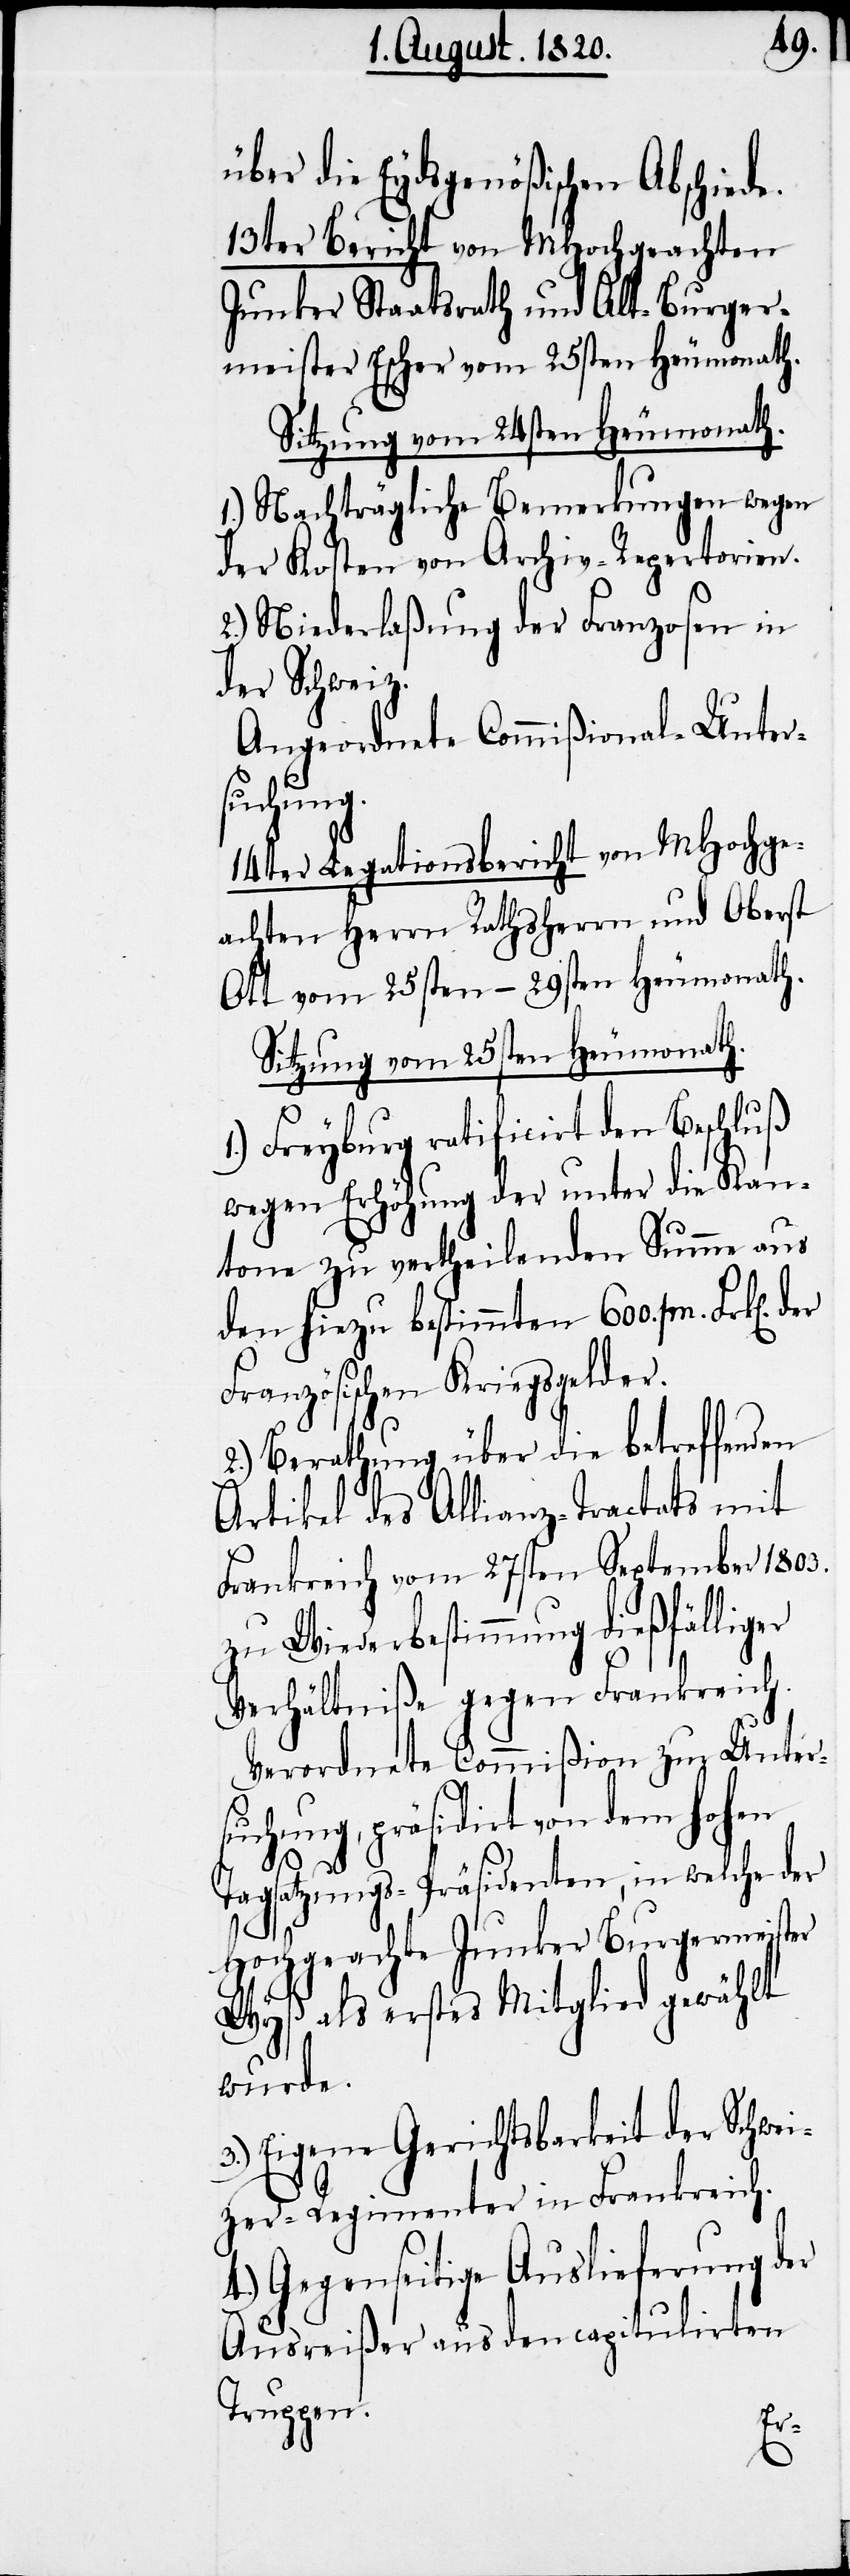
über die Eydsgenößischen Abschiede.
13ter Bericht von MHochgeachten
Junker Staatsrath und Alt-Burger¬
meister Escher vom 25sten Heumonath.
Sitzung vom 24sten Heumonath.
1.) Nachträgliche Bemerkungen wegen
der Kosten von Archiv-Repertorien.
2.) Niederlaßung der Franzosen in
der Schweiz.
Angeordnete Commißional-Unter¬
suchung.
14ter Legationsbericht von MHochge¬
achten Herrn Rathsherrn und Oberst
Ott vom 25sten–29sten Heumonath.
Sitzung vom 25sten Heumonath.
1.) Freyburg ratificirt den Beschluß
wegen Erhöhung der unter die Kan¬
tonen zu vertheilenden Summe aus
den hiezu bestimmten 600. [? /m]
Französischen Kriegsgelder.
2.) Berathung über die betreffenden
Artikel des Allianz-Tractats mit
Frankreich vom 27sten September 1803.
zu Wiederbestimmung dießfälliger
Verhältniße gegen Frankreich.
Verordnete Commißion zur Unter¬
suchung, präsidirt von dem hohen
Tagsatzungs-Präsidenten, in welche der
Hochgeachte Junker Burgermeister
Wyß als erstes Mitglied gewählt
wurde.
3.) Eigene Gerichtsbarkeit der Schwei¬
zer-Regimenter in Frankreich.
4.) Gegenseitige Auslieferung der
Ausreißer aus den capitulirten
Truppen.